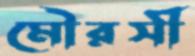
মৌরসী